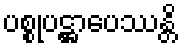
ပစ္စုပဋ္ဌာပေဿန္တိ